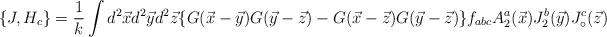
LaTeX: \begin{align*}\{J, H_{c}\} = \frac{1}{k}\int d^{2}\vec{x}d^{2}\vec{y}d^{2}\vec{z}\{G(\vec{x}-\vec{y})G(\vec{y}-\vec{z})-G(\vec{x}-\vec{z})G(\vec{y}-\vec{z})\}f_{abc}A^{a}_{2}(\vec{x})J_{2}^{b}(\vec{y})J_{\circ}^{c}(\vec{z})\end{align*}